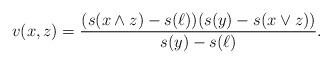
LaTeX: \begin{align*}v(x,z)=\frac{(s(x\wedge z)-s(\ell))(s(y)-s(x\vee z))}{s(y)-s(\ell)}.\end{align*}